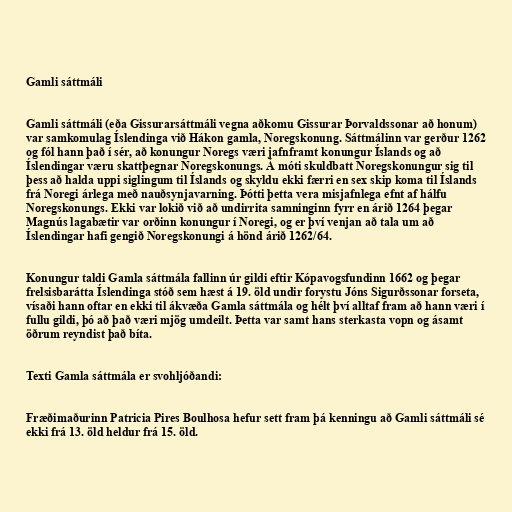
Gamli sáttmáli

Gamli sáttmáli (eða Gissurarsáttmáli vegna aðkomu Gissurar Þorvaldssonar að honum)
var samkomulag Íslendinga við Hákon gamla, Noregskonung. Sáttmálinn var gerður 1262
og fól hann það í sér, að konungur Noregs væri jafnframt konungur Íslands og að
Íslendingar væru skattþegnar Noregskonungs. Á móti skuldbatt Noregskonungur sig til
þess að halda uppi siglingum til Íslands og skyldu ekki færri en sex skip koma til Íslands
frá Noregi árlega með nauðsynjavarning. Þótti þetta vera misjafnlega efnt af hálfu
Noregskonungs. Ekki var lokið við að undirrita samninginn fyrr en árið 1264 þegar
Magnús lagabætir var orðinn konungur í Noregi, og er því venjan að tala um að
Íslendingar hafi gengið Noregskonungi á hönd árið 1262/64.

Konungur taldi Gamla sáttmála fallinn úr gildi eftir Kópavogsfundinn 1662 og þegar
frelsisbarátta Íslendinga stóð sem hæst á 19. öld undir forystu Jóns Sigurðssonar forseta,
vísaði hann oftar en ekki til ákvæða Gamla sáttmála og hélt því alltaf fram að hann væri í
fullu gildi, þó að það væri mjög umdeilt. Þetta var samt hans sterkasta vopn og ásamt
öðrum reyndist það bíta.

Texti Gamla sáttmála er svohljóðandi:

Fræðimaðurinn Patricia Pires Boulhosa hefur sett fram þá kenningu að Gamli sáttmáli sé
ekki frá 13. öld heldur frá 15. öld.